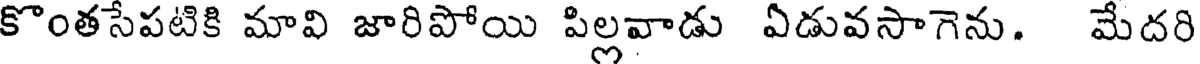
కొంతసేపటికి మావి జారిపోయి పిల్లవాడు ఏడువసాగెను. మేదరి